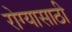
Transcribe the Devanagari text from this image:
रोग्यासाठी